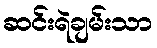
ဆင်းရဲချမ်းသာ